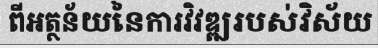
ពីអត្ថន័យនៃការវិវឌ្ឍរបស់វិស័យ